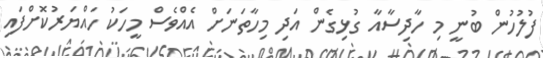
ފުލުހުން ބުނީ މި ހާދިސާއާ ގުޅިގެން އަދި މިހާތަނަށް އެއްވެސް މީހަކު ހައްޔަރުކޮށްފައި